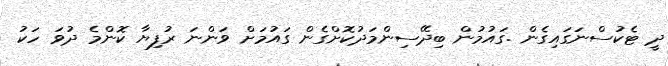
ދީ ޓެކުސްނަގައިގެން .ގައުމުން ބިދޭސިންމަދުކޮށްގެން ގައުމަށް ވަންނަ ރުފިޔާ ކޮންމެ ދުވަ ހަކު